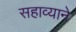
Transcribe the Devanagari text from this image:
सहाव्याने